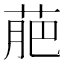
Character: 萉